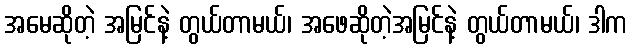
အမေဆိုတဲ့ အမြင်နဲ့ တွယ်တာမယ်၊ အဖေဆိုတဲ့အမြင်နဲ့ တွယ်တာမယ်၊ ဒါက